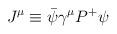
LaTeX: \begin{align*}J^\mu\equiv\bar\psi\gamma^\mu P^+\psi\end{align*}